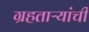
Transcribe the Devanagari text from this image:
ग्रहताऱ्यांची